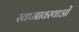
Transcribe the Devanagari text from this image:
स्वप्नावस्थाओं